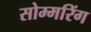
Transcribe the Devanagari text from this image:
सोम्मरिंग